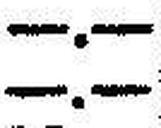
—.—